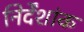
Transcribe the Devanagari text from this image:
निर्देंशांक